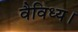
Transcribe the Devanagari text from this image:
वैविध्य।